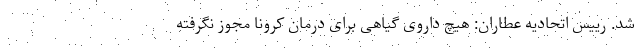
شد. رییس اتحادیه عطاران: هیچ داروی گیاهی برای درمان کرونا مجوز نگرفته